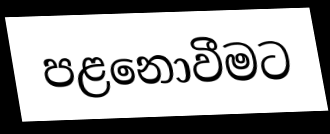
පළනොවීමට